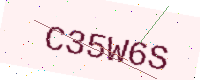
Text: C35W6S